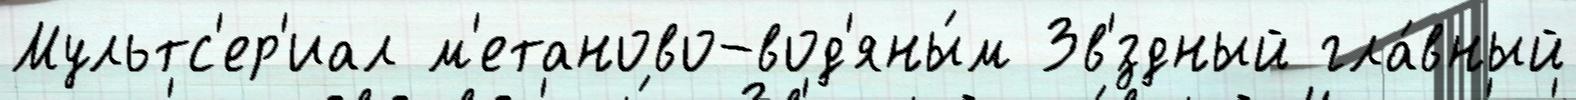
Мультс'ер'иал м'етаново-вод'яны́м Зв'́здный гла́вный